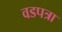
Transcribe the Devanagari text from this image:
वडपत्रा